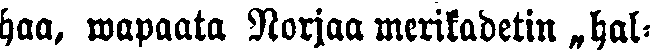
haa, wapaata Norjaa merikadetin „hal-